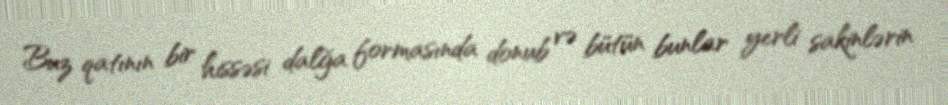
Buz qatının bir hissəsi dalğa formasında donub və bütün bunlar yerli sakinlərin